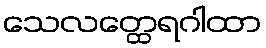
သေလတ္ထေရဂါထာ